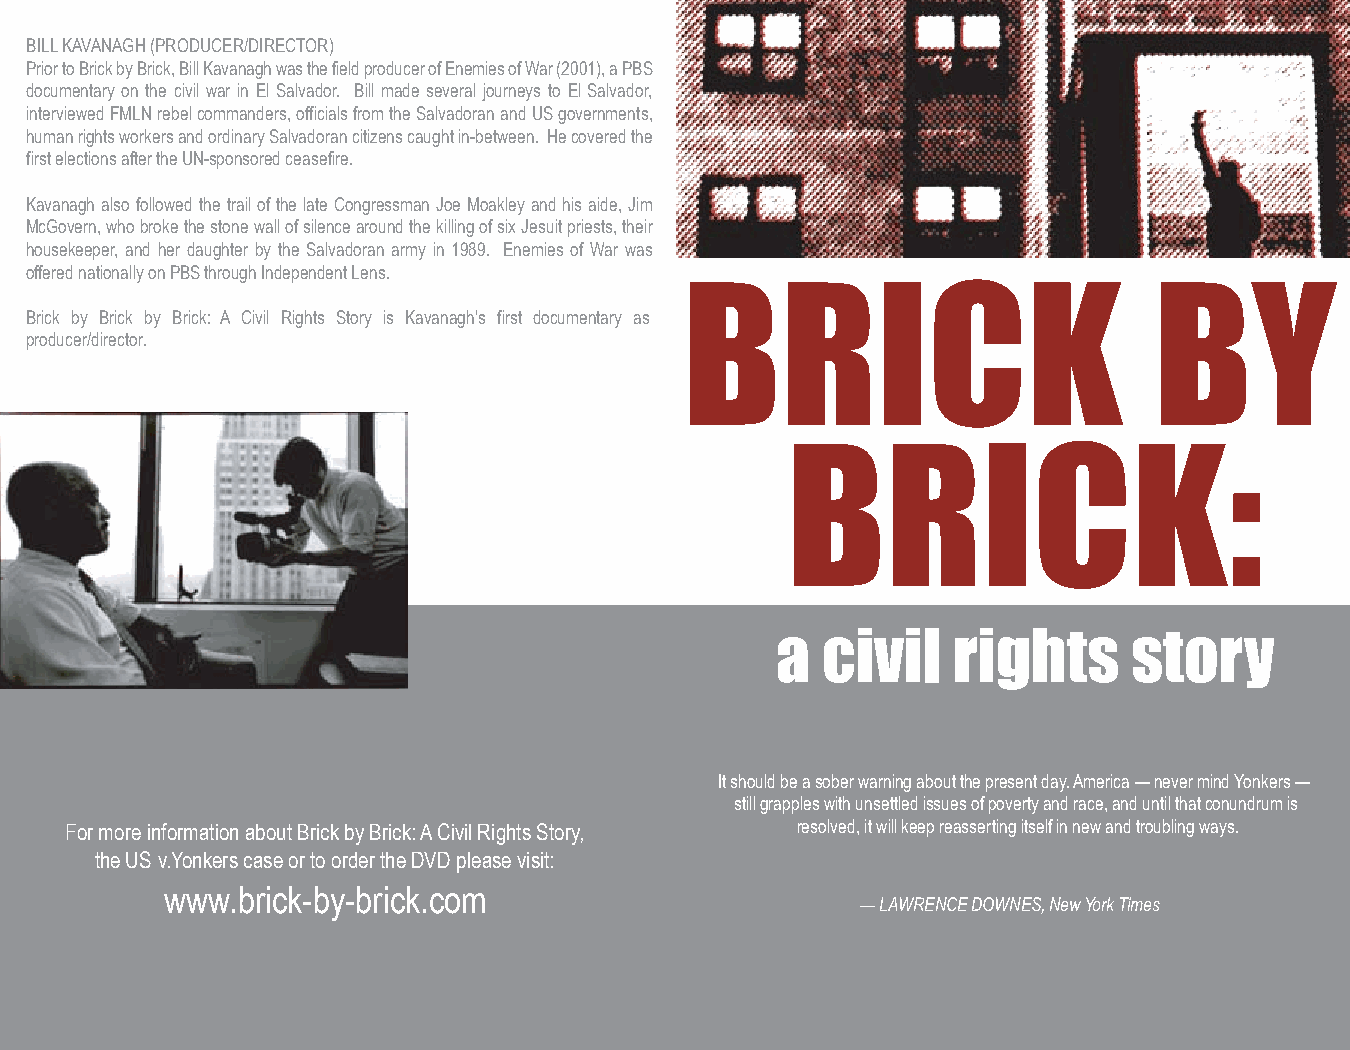
BILL KAVANAGH (PRODUCER/DIRECTOR)
 Prior to Brick by Brick, Bill Kavanagh was the field producer of Enemies of War (2001), a PBS
 documentary on the civil war in El Salvador. Bill made several journeys to El Salvador,
 interviewed FMLN rebel commanders, officials from the Salvadoran and US governments,
 human rights workers and ordinary Salvadoran citizens caught in-between. He covered the
 first elections after the UN-sponsored ceasefire.
 Kavanagh also followed the trail of the late Congressman Joe Moakley and his aide, Jim
 McGovern, who broke the stone wall of silence around the killing of six Jesuit priests, their
 housekeeper, and her daughter by the Salvadoran army in 1989. Enemies of War was
 offered nationally on PBS through Independent Lens.
 BRICK                          BY
 Brick by Brick by Brick: A Civil Rights Story is Kavanagh’s first documentary as
 producer/director.
 BRICK:
 a  civil    rights      story
 It should be a sober warning about the present day. America — never mind Yonkers —
 still grapples with unsettled issues of poverty and race, and until that conundrum is
 For more information about Brick by Brick: A Civil Rights Story, resolved, it will keep reasserting itself in new and troubling ways.
 the US v.Yonkers case or to order the DVD please visit:
 www.brick-by-brick.com
 — LAWRENCE DOWNES, New York Times